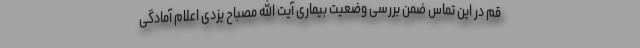
قم در این تماس ضمن بررسی وضعیت بیماری آیت الله مصباح یزدی اعلام آمادگی